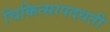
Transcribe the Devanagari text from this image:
चिकित्सापदधती